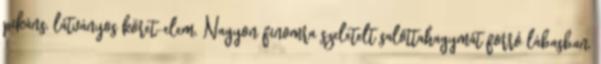
pikáns, látványos köret-elem. Nagyon finomra szeletelt salottahagymát forró lábasban,